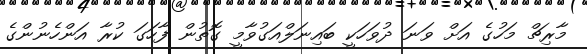
މާރިޗް މަަހުގެ އަށް ވަނަ ދުވަހަކީ ބައިނަލްއަގުވާމީ ގޮތުން ފާހަގަ ކުރާ އަންހެނުންގެ